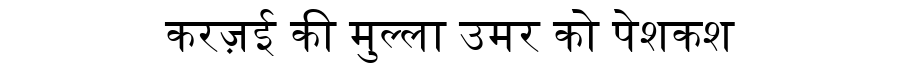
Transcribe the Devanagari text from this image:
करज़ई की मुल्ला उमर को पेशकश